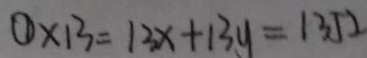
\textcircled { 1 } \times 1 3 = 1 3 x + 1 3 y = 1 3 5 2